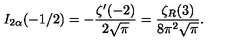
I _ { 2 \alpha } ( - 1 / 2 ) = - \frac { \zeta ^ { \prime } ( - 2 ) } { 2 \sqrt \pi } = \frac { \zeta _ { R } ( 3 ) } { 8 \pi ^ { 2 } \sqrt \pi } { . }